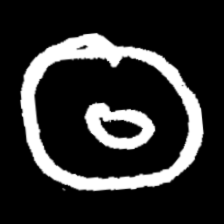
Pyu character \u2014 Myanmar letter: ထ (romanized: tha)